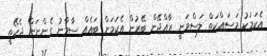
އެކަމަކު މަސައްކަތް ލަސްވަނީ ރާއްޖޭން ބޭރުން އެކަމަށް ބައެއް ސާމާނު ގެންނަން ޖެހޭތީ